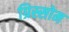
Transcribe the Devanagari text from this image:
ग्रिस्सोम